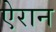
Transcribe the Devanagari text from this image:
ऐरान